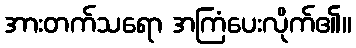
အားတက်သရော အကြံပေးလိုက်၏။